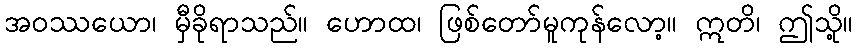
အဝဿယော၊ မှီခိုရာသည်။ ဟောထ၊ ဖြစ်တော်မူကုန်လော့။ ဣတိ၊ ဤသို့။